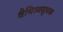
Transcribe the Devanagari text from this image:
वैचित्र्यसूचक